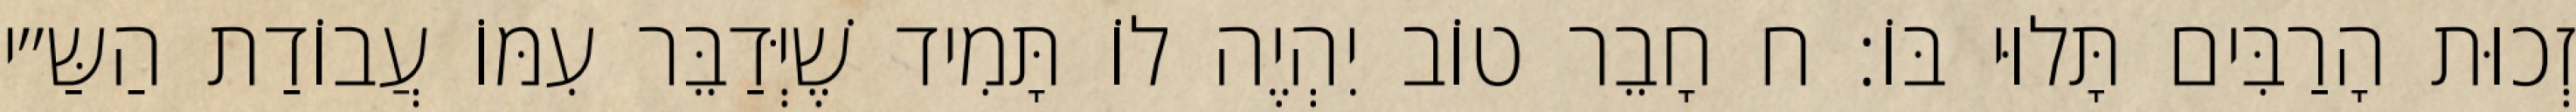
זְכוּת הָרַבִּים תָּלוּי בּוֹ: ח חָבֵר טוֹב יִהְיֶה לוֹ תָּמִיד שֶׁיְּדַבֵּר עִמּוֹ עֲבוֹדַת הַשַּ״י